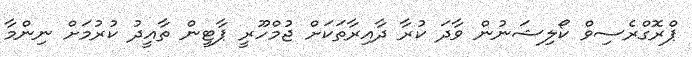
ޕްރޮގްރެސިވް ކޯލިޝަނުން ވާދަ ކުރާ ދާއިރާތަކަށް ޖުމްހޫރީ ޕާޓީން ތާއީދު ކުރުމަށް ނިންމާ